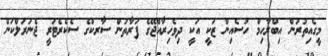
މީގެއިތުރުން އިބްރާހިމް ހުސެއިން ޒަކީ އަކީ ދިވެހިރާއްޖޭގެ ފަރާތުން ސާރކްގެ ސެކެރެޓަރީ ޖެނަރަލްކަން